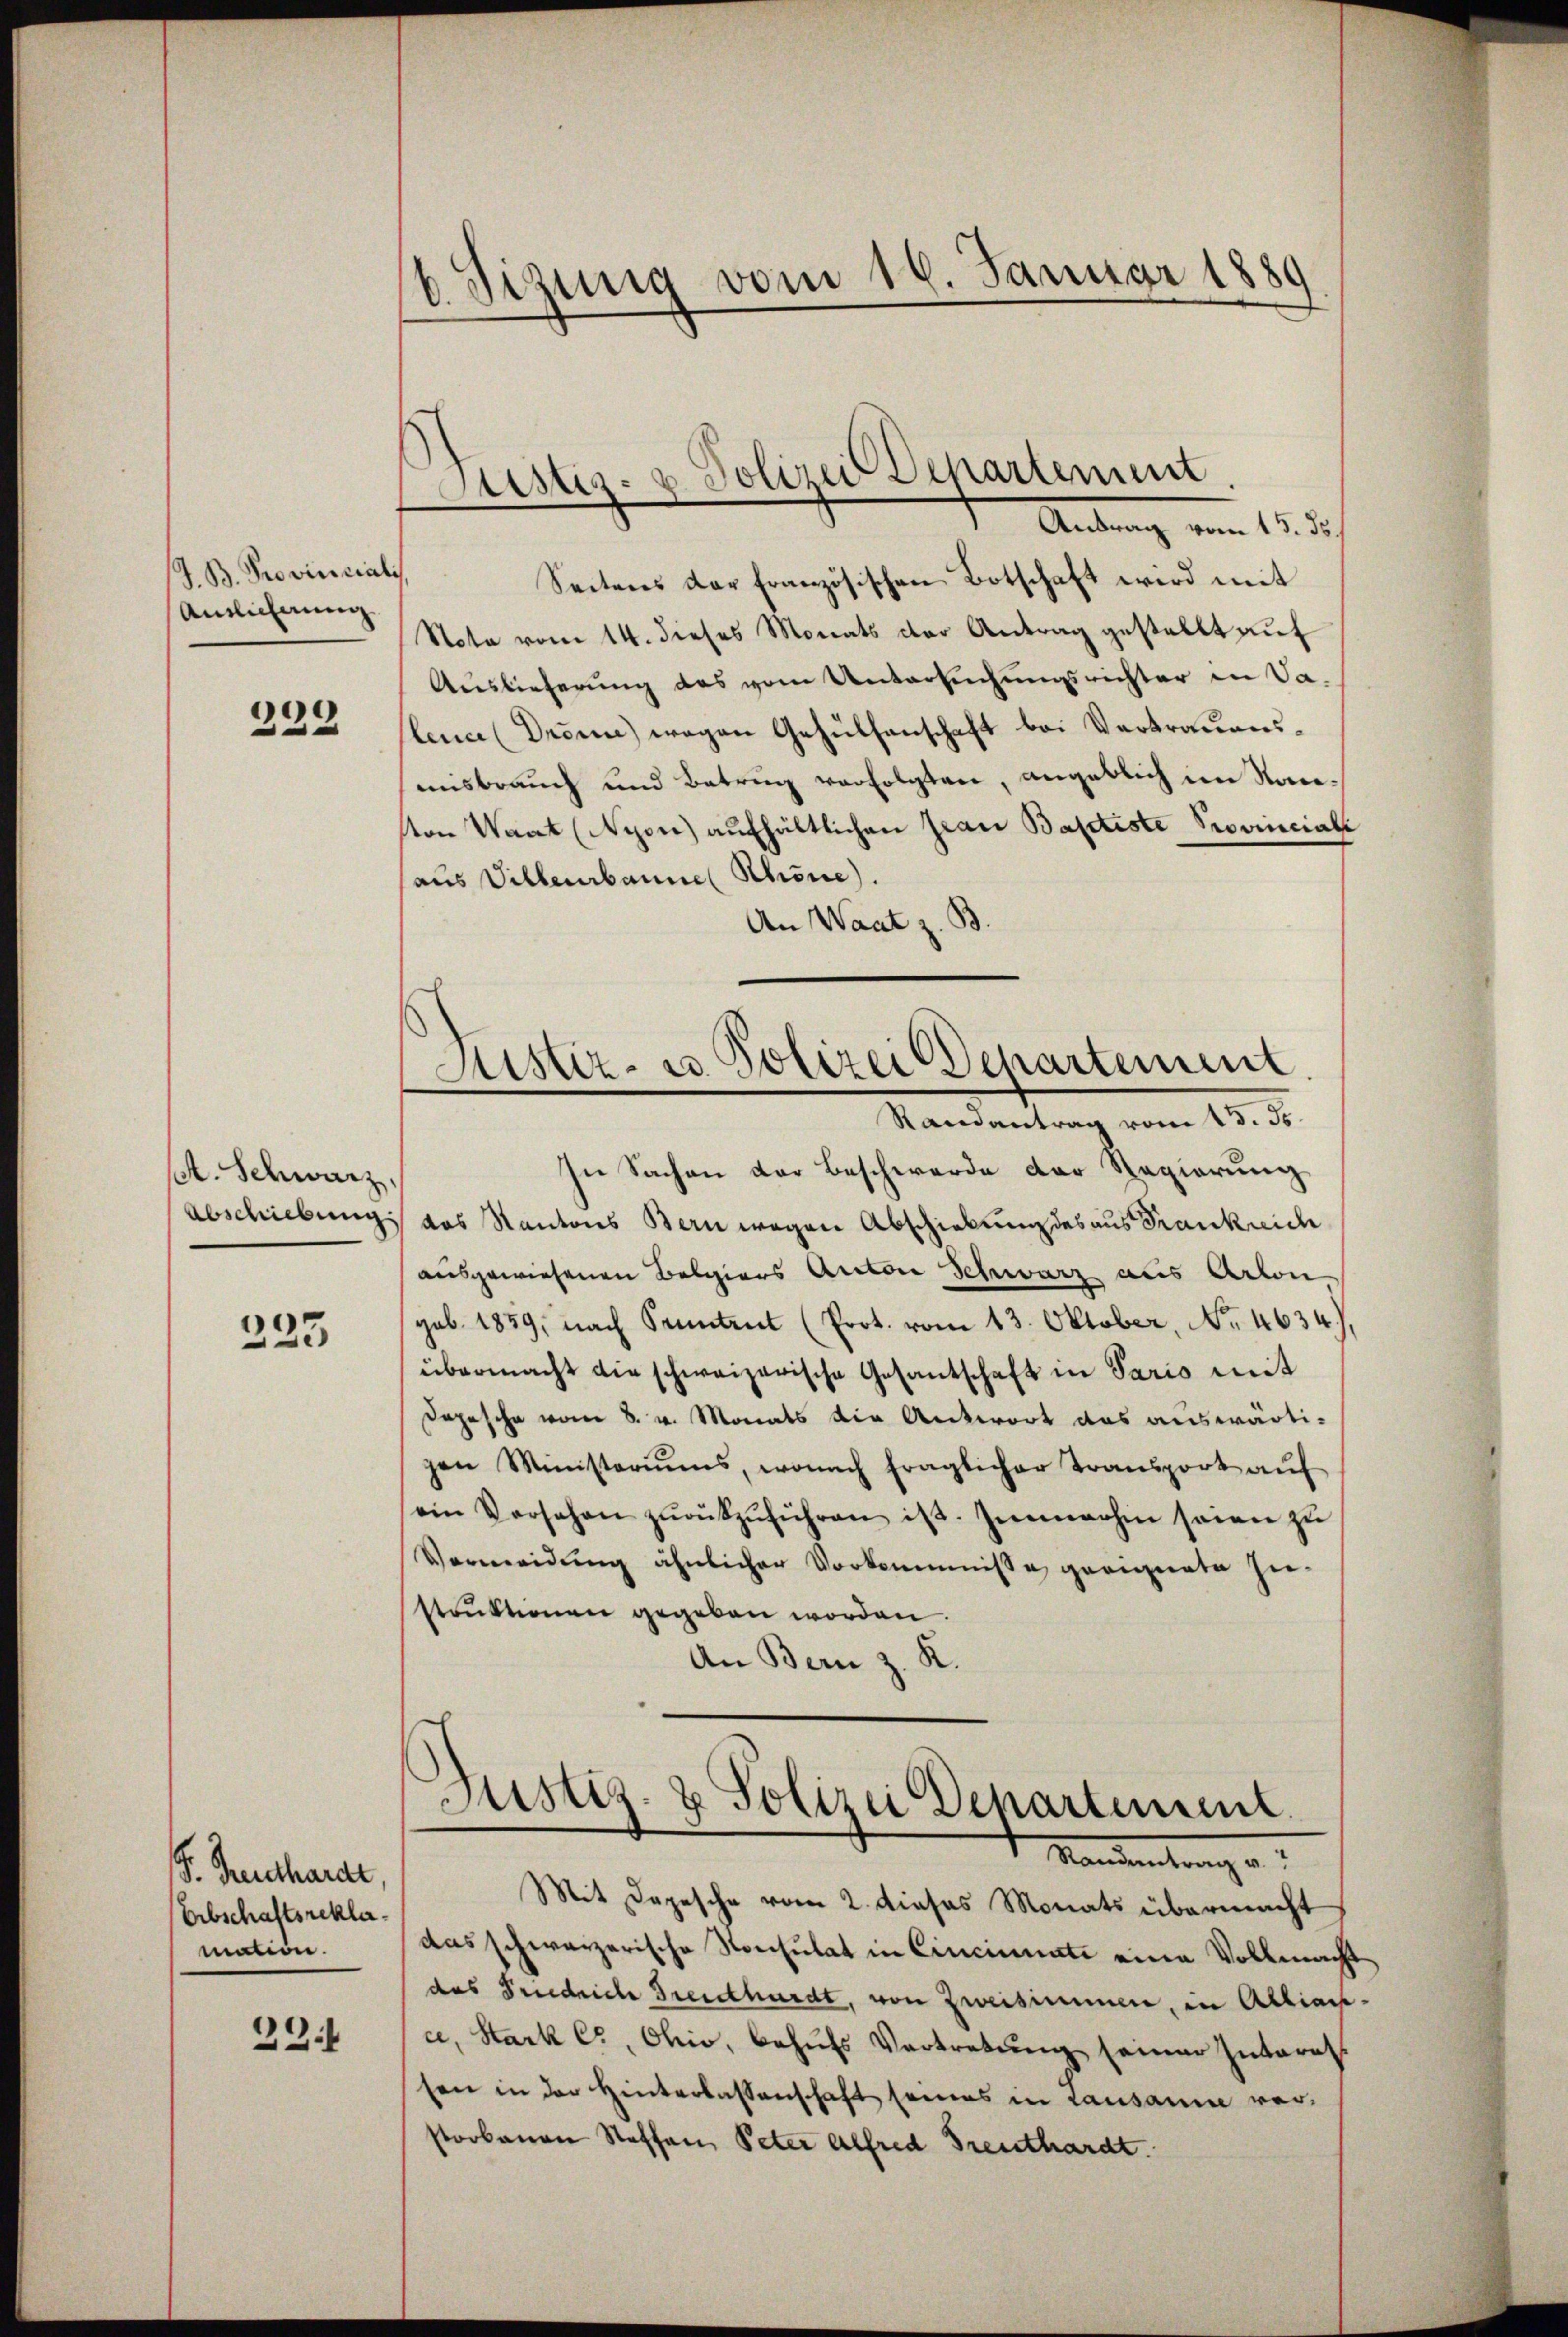
/J. B. Provincialis
Antlicherung

239

A. Schwarz,

233

S. Gutthardt,
Erbschaftsreklamation.

33.

6 Sizung vom 16. Januar 1889

Seitens der französischen Botschaft wird mit
Nota vom 14. dieses Monats der Antrag gestellt auf
Auslieferung des vom Untersuchungsrichter in Va-
lence (Drönn) wegen Gehülfenschaft bei Vertrauensmisbrauch und Betrug verfolgten, angeblich im Navon Waat (Nyon aufhältlichen Frau Basetiste Provinciale
aus Villeurbannes Schöne).
An Waat z. B.

In Sachen der Beschwerde der Regierung
Abschiebung das Kantons Bern wegen Abschiebung des aus Frankreich
ausgewiesenen Belgiers Antone Schwarz aus Arron,
sub. 1859, nach Sonntent (Prot. vom 13. Oktober, No. 4634),
übermacht die schweizerische Gesantschaft in Paris mit
Depesche vom 8. v. Monats die Antwort das auswärtigen Ministeriums, wonach fraglicher Transport aŭf
ein Vorsehen zŭrükzŭführen ist. Inwohin seien zŭ
Vermeidung ähnlicher Vorkommnisse geeignete Zustruktionen gegeben worden.
An Bern z. K.
Justiz- & Polizei Departement
Mandentrag a
Mit Depesche vom 2. dieses Monats übermacht
das schweizerische Konsulat in Cincinati eine Vollmacht
des Friedrich Freidthardt, von Zweisimmen, in Alliana. Stark C, Ohio, behŭfs Vertretŭng seiner Interes.
sen in der Hinterlassenschaft seines in Lausanin verstorbenen Stoffen, Peter Alfred Freuthardt.

Justiz- & Polizei Departement
Antrag vom 15. d.

Justiz- u. Polizei Departement.
Randantrag vom 13. Je